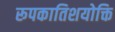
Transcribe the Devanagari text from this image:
रूपकातिशयोक्ति